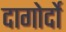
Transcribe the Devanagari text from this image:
दागोर्दो